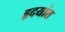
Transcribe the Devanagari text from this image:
हृदयांत